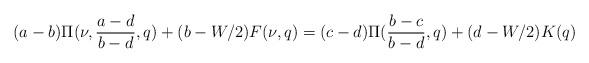
LaTeX: \begin{align*}(a-b)\Pi(\nu,\frac{a-d}{b-d},q) + (b-W/2)F(\nu,q) =(c-d)\Pi(\frac{b-c}{b-d},q)+ (d-W/2)K(q)\end{align*}